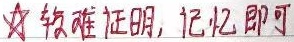
☆ 较难证明，记忆即可 ☆